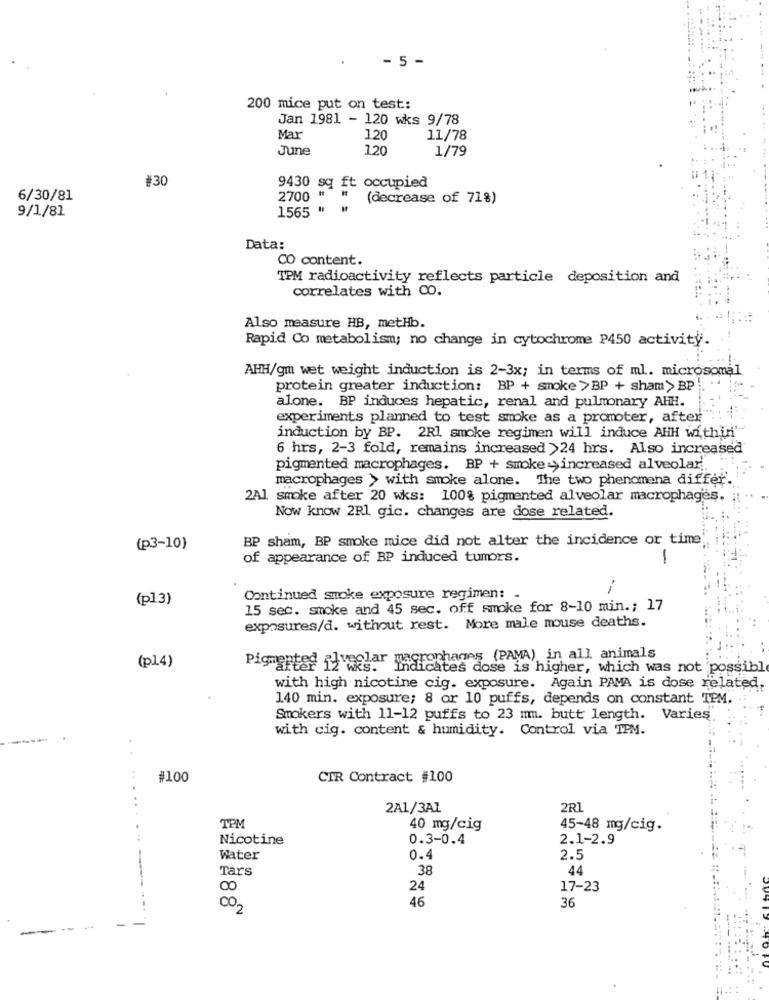
- 5 -
200 mice put on test:
Jan 1981 - 120 wks 9/78
Mar
120
11/78
June
120
1/79
#30
9430 sq ft occupied
6/30/81
2700
(decrease of 71%)
9/1/81
1565
Data:
CO content.
TPM radioactivity reflects particle deposition and
correlates with CO.
Also measure HB, metHb.
Rapid Co metabolism; no change in cytochrome P450 activity.
AHH/gm wet weight induction is 2-3x; in terms of ml. microsomal
protein greater induction: BP + smoke > BP + sham> BP
alone. BP induces hepatic, renal and pulmonary AHH.
experiments planned to test smoke as a promoter, after
induction by BP. 2Rl smoke regimen will induce AHH within'
6 hrs, 2-3 fold, remains increased >24 hrs. Also increased
pigmented macrophages. BP + smoke >increased alveolar
macrophages > with smoke alone. The two phenomena differ.
2Al smoke after 20 wks: 100% pigmented alveolar macrophages.
Now know 2Rl gic. changes are dose related.
BP sham, BP smoke mice did not alter the incidence or time
(p3-10)
of appearance of BP induced tumors.
1
--
(pl3)
Continued smoke exposure regimen:
15 sec. smoke and 45 sec. off smoke for 8-10 min .; 17
exposures/d. without rest. More male mouse deaths.
(pl4)
rophages (PAMA) in all animals
Pigmentse iz wis."Indicates dose is higher, which was not 'possibl
with high nicotine cig. exposure. Again PAMA is dose related
140 min. exposure; 8 or 10 puffs, depends on constant TPM.
Smokers with 11-12 puffs to 23 mm. butt length. Varies
with cig. content & humidity. Control via TPM.
#100
CIR Contract #100
.....
2A1/3AZ
2R1
TPM
40 mg/cig
45-48 mg/cig.
Nicotine
0.3-0.4
2.1-2.9
Water
0.4
2.5
Tars
38
44
24
17-23
002
46
36